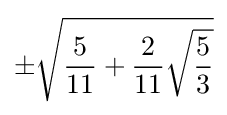
\pm {\sqrt {{\frac {5}{11}}+{\frac {2}{11}}{\sqrt {\frac {5}{3}}}}}